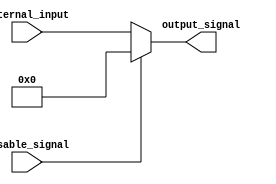
module DisableBlock (
    input wire disable_signal,  // Control Signal
    input wire [N-1:0] internal_input, // Internal input (N-bit wide)
    output reg [N-1:0] output_signal // Output Signal (N-bit wide)
);
    parameter N = 8; // Define the width of the internal input and output

    always @(*) begin
        if (disable_signal) begin
            // When disable_signal is high (1), hold output at a predefined state (logic low)
            output_signal = {N{1'b0}}; // Set output to logic low
        end else begin
            // When disable_signal is low (0), operate normally
            output_signal = internal_input; // Pass through the internal input
        end
    end
endmodule